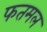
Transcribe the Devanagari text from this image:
फतमल